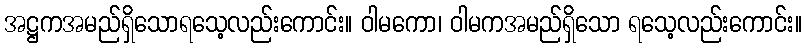
အဋ္ဌကအမည်ရှိသောရသေ့လည်းကောင်း။ ဝါမကော၊ ဝါမကအမည်ရှိသော ရသေ့လည်းကောင်း။